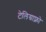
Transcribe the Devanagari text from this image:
टेलिग्राफ्नो